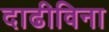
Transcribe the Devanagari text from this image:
दाढीविना